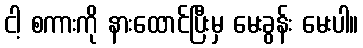
ငါ့ စကားကို နားထောင်ပြီးမှ မေးခွန်း မေးပါ။